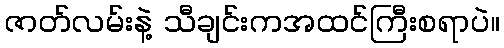
ဇာတ်လမ်းနဲ့ သီချင်းကအထင်ကြီးစရာပဲ။